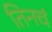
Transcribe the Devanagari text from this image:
तिनचं